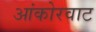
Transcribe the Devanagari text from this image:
आंकोरवाट